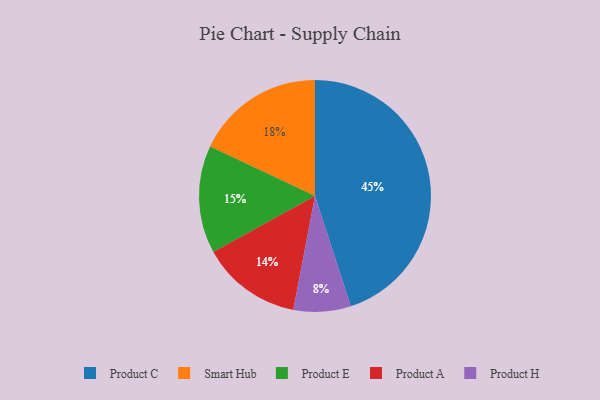
{"axis": {"x": "Category", "y": "Percentage"}, "legend": ["Product A", "Product C", "Product E", "Product H", "Smart Hub"], "data": [{"x": "Product E", "y": 15, "type": "Product E"}, {"x": "Product H", "y": 8, "type": "Product H"}, {"x": "Smart Hub", "y": 18, "type": "Smart Hub"}, {"x": "Product C", "y": 45, "type": "Product C"}, {"x": "Product A", "y": 14, "type": "Product A"}]}